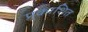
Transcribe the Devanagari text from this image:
प्र्काशित